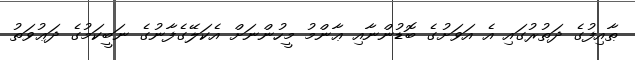
ޠާއިފުގެ ދަތުރުގައި އެ އަވަށުގެ ބޮޑުންނާއި ޢާންމު މީހުންނަށް އެކަލޭގެފާނުގެ ނަބީކަމުގެ ދަޢުވަތު